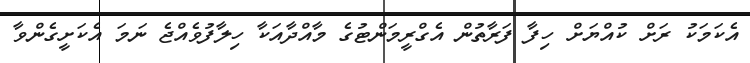
އެކަމަކު ރަށް ކުއްޔަށް ހިފާ ފަރާތުން އެގްރީމަންޓުގެ މާއްދާއަކާ ހިލާފުވެއްޖެ ނަމަ އެކަށީގެންވާ